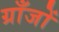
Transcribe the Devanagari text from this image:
ग्राँजों